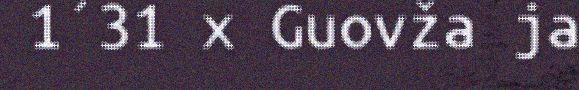
1´31 x Guovža ja